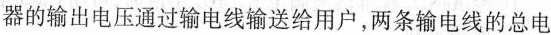
器的输出电压通过输电线输送给用户，两条输电线的总电